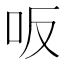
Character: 𠯘